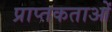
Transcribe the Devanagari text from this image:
प्राप्तकताओं